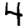
Digit: 4